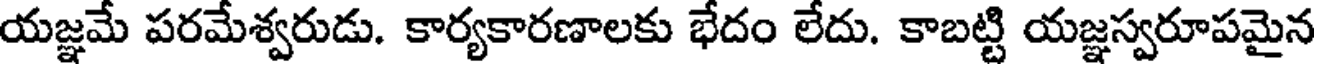
యజ్ఞమే పరమేశ్వరుడు. కార్యకారణాలకు భేదం లేదు. కాబట్టి యజ్ఞస్వరూపమైన